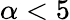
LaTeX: \alpha<5